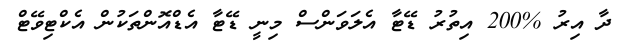
ދާ އިރު %200 އިތުރު ޑޭޓާ އެލަވަންސް މިނީ ޑޭޓާ އެޑްއޮންތަކުން އެކްޓިވޭޓް